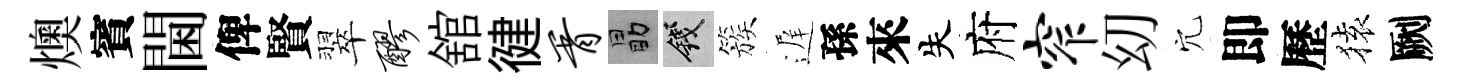
燠賓閫俾賢翠醪舘徤胥勗錢簇遅孫來失府窄㓜穴即歷𫞤劂